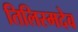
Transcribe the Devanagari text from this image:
तिलिस्मदेव